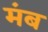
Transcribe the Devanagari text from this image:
मंब